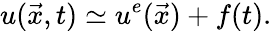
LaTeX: u(\vec{x},t)\simeq u^{e}(\vec{x})+f(t).